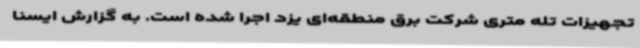
تجهیزات تله متری شرکت برق منطقه‌ای یزد اجرا شده است. به گزارش ایسنا